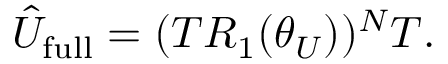
\begin{array} { r } { \hat { U } _ { \mathrm { f u l l } } = ( T R _ { 1 } ( \theta _ { U } ) ) ^ { N } T . } \end{array}